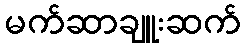
မက်ဆာချူးဆက်